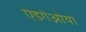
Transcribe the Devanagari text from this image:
एडगेओया